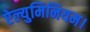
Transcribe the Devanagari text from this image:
ऐल्युमिनियम।